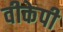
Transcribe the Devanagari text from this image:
वीकेपी